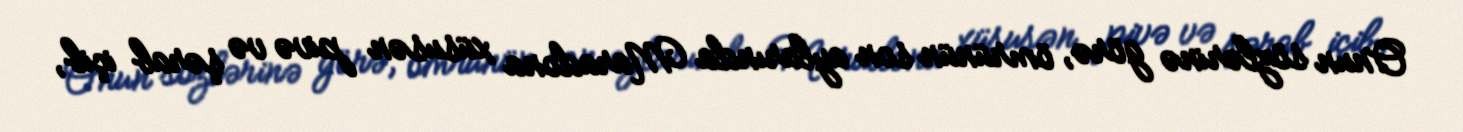
Onun sözlərinə görə, ömrünün son aylarında Maradona xüsusən pivə və şərab içib,